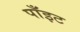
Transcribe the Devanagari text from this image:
पाँइट